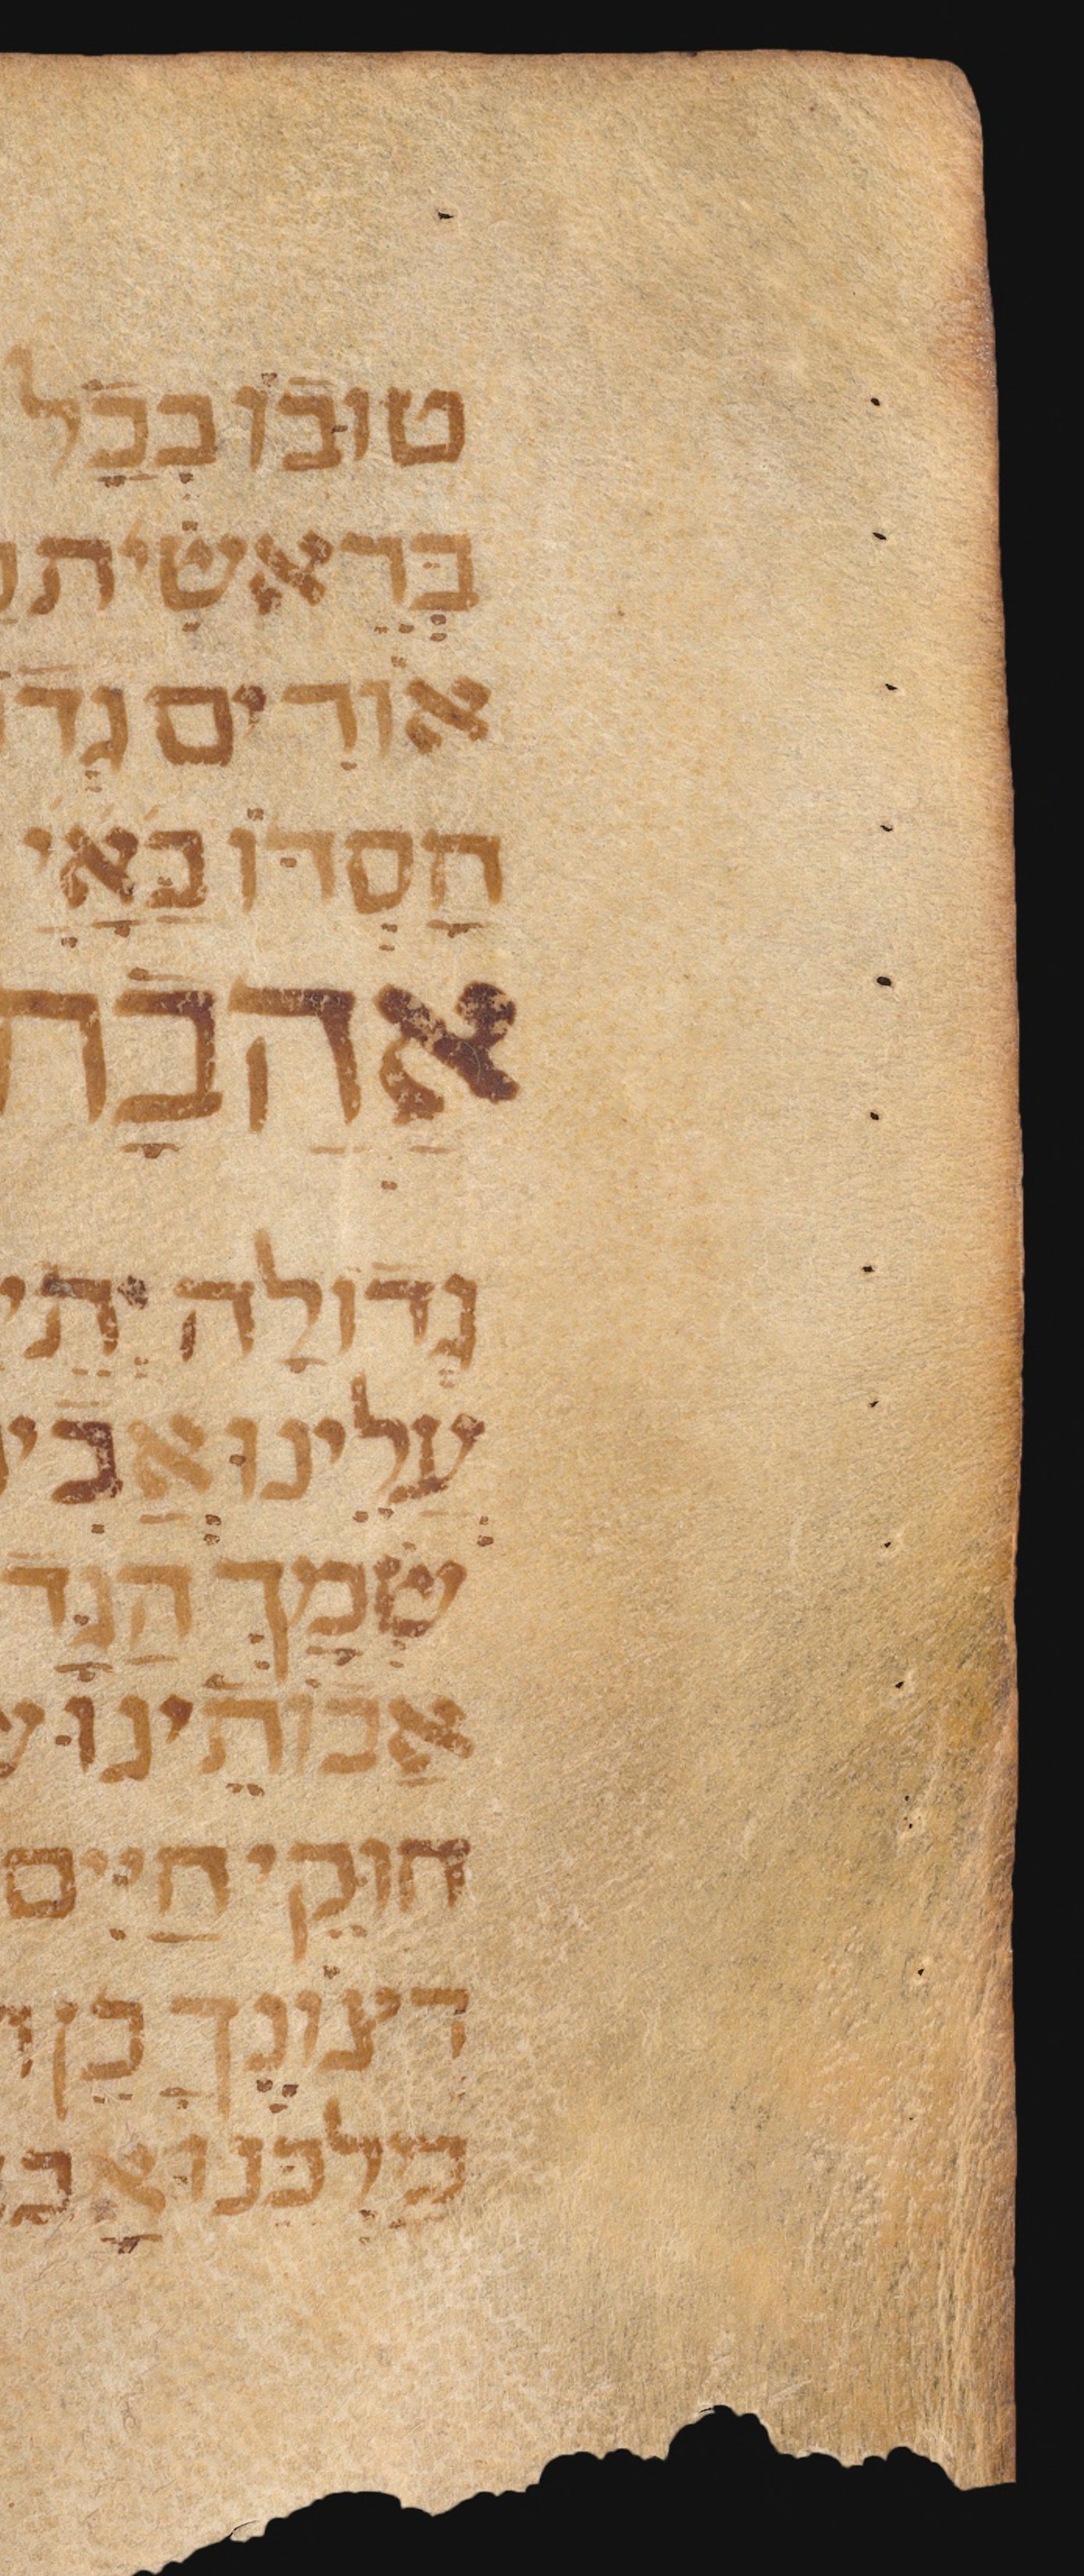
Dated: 1300–1399